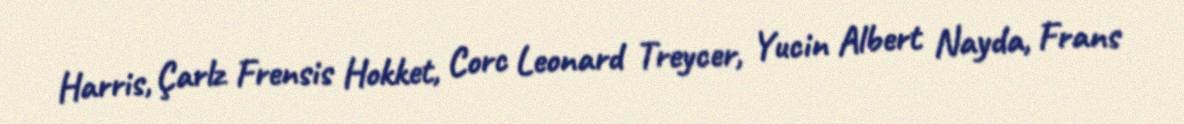
Harris, Çarlz Frensis Hokket, Corc Leonard Treycer, Yucin Albert Nayda, Frans